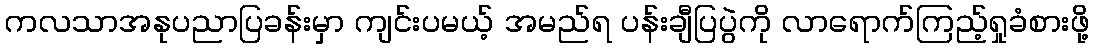
ကလသာအနုပညာပြခန်းမှာ ကျင်းပမယ့် အမည်ရ ပန်းချီပြပွဲကို လာရောက်ကြည့်ရှုခံစားဖို့